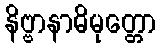
နိဗ္ဗာနာဓိမုတ္တော